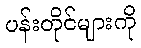
ပန်းတိုင်များကို